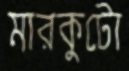
মারকুটো